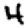
Digit: 4